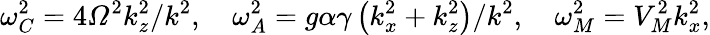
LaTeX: \omega_{C}^{2}=4\varOmega^{2}k_{z}^{2}/k^{2},\quad\omega_{A}^{2}=g\alpha\gamma\left(k_{x}^{2}+k_{z}^{2}\right)/k^{2},\quad\omega_{M}^{2}=V_{M}^{2}k_{x}^{2},